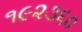
૧૯૨૩૬૦